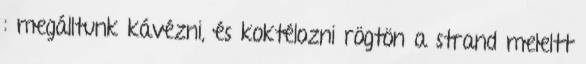
: megálltunk kávézni, és koktélozni rögtön a strand meleltt